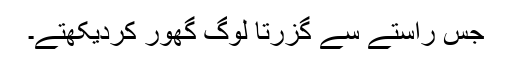
جس راستے سے گزرتا لوگ گھور کردیکھتے۔